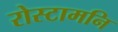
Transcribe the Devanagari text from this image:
रोस्टामनि